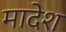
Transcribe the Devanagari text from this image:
मादेश